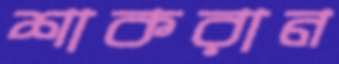
শাকরান